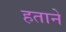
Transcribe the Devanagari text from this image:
हताने